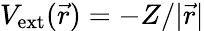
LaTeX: {V_{\mathrm{ext}}(\vec{r})=-Z/|\vec{r}|}